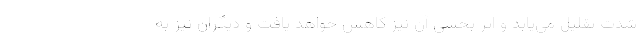
شدت تقلیل می‌یابد و اثر بخشی آن نیز کاهش خواهد یافت و دیگران نیز به